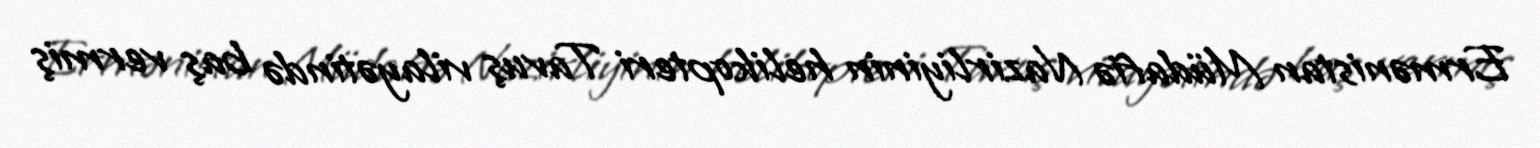
Ermənistan Müdafiə Nazirliyinin helikopteri Tavuş vilayətində baş vermiş